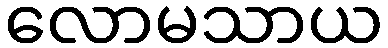
လောမသာယ